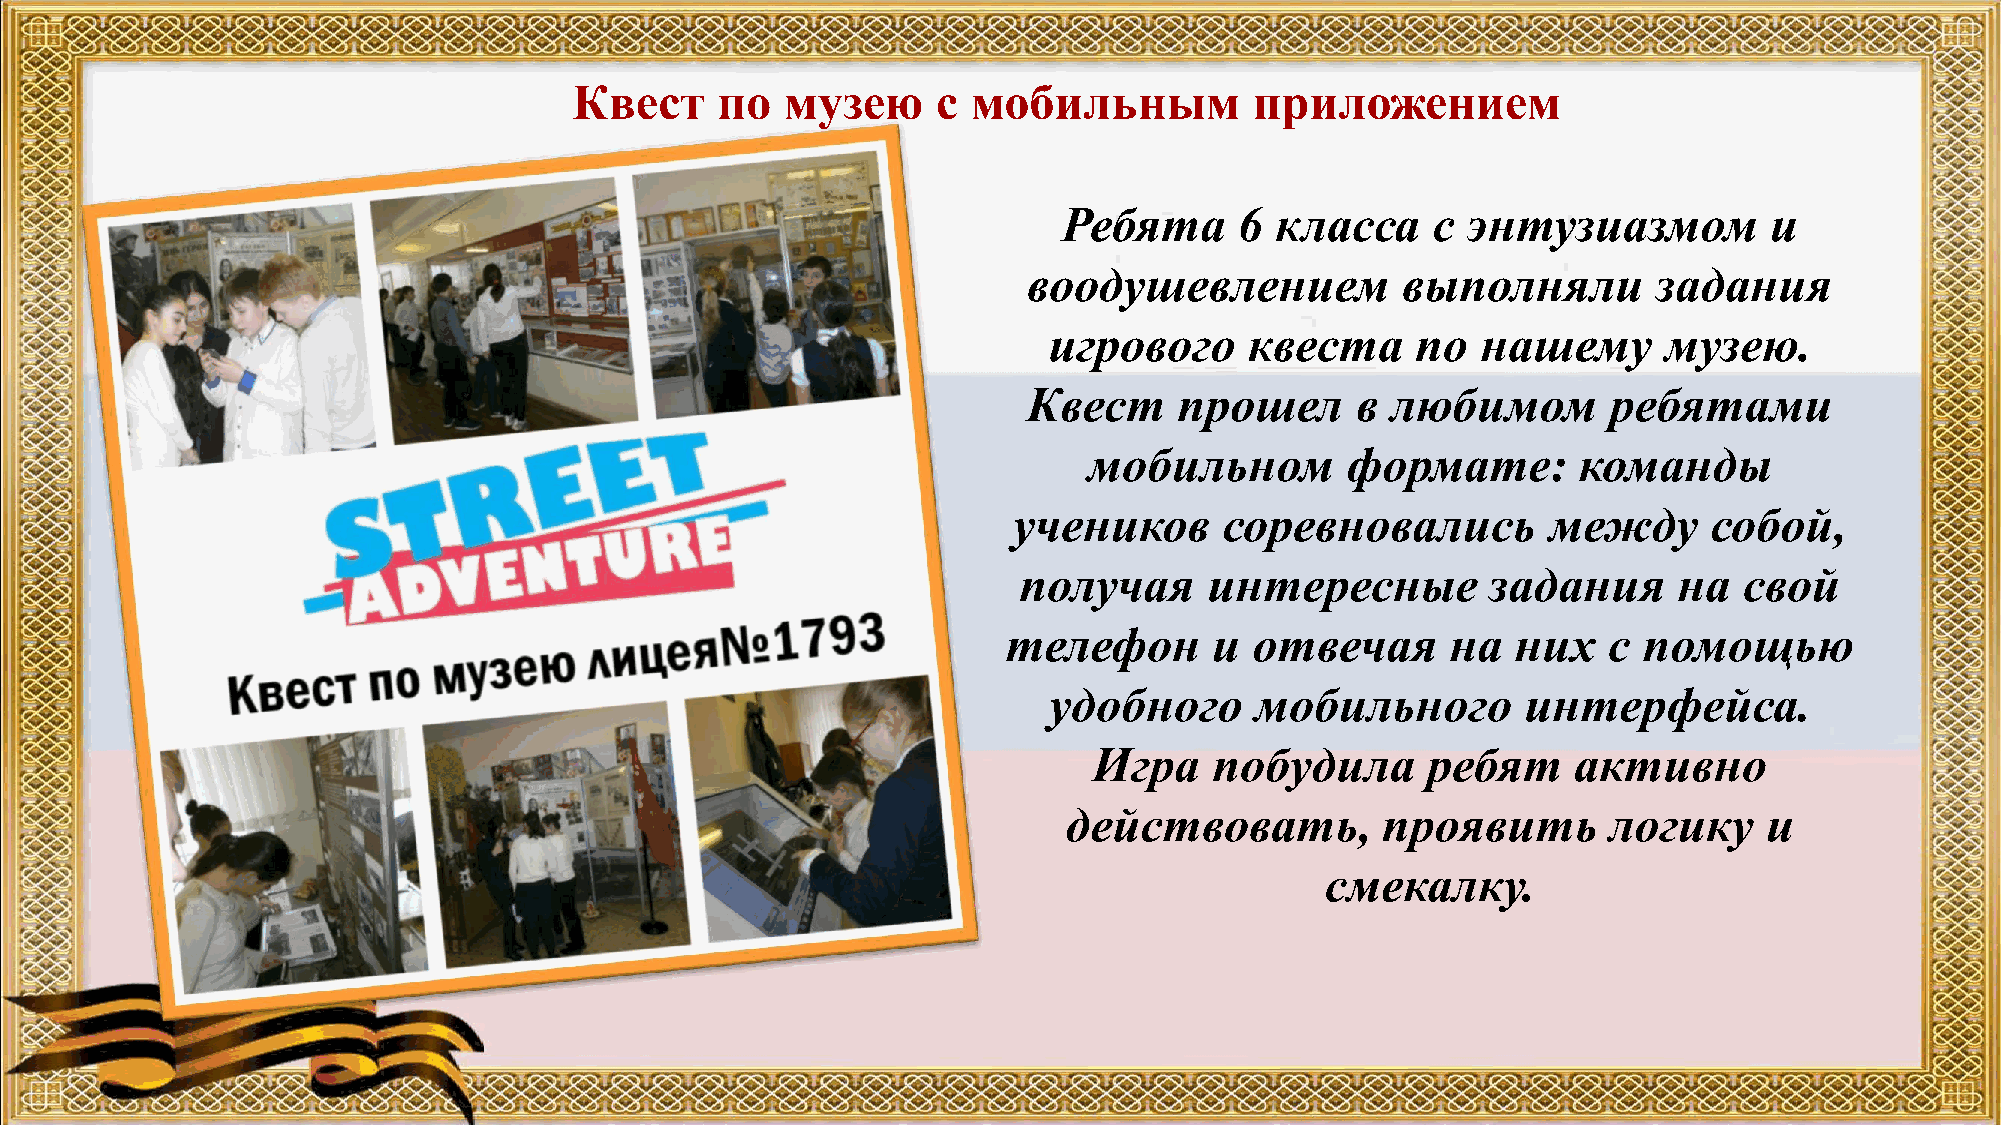
Квест    по   музею     с мобильным          приложением
 Ребята      6 класса     с энтузиазмом         и
 воодушевлением           выполняли        задания
 игрового      квеста     по  нашему      музею.
 Квест     прошел      в любимом        ребятами
 мобильном        формате:       команды
 учеников      соревновались         между     собой,
 получая      интересные         задания     на  свой
 телефон      и  отвечая      на  них   с  помощью
 удобного      мобильного        интерфейса.
 Игра    побудила      ребят     активно
 действовать,        проявить       логику     и
 смекалку.